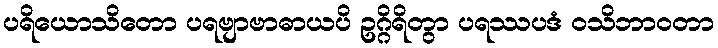
ပရိယောသိတော ပရဗျာဗာဓာယပိ ဥဂ္ဂိရိတွာ ပရဿပဒံ ဝသိဘာဝတာ